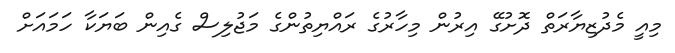
މިއީ މެެދުޒިޔާރަތް ދޮށުގޭ އިރުން މިހާރުގެ ރައްޔިތުންގެ މަޖުލިސް ގެއިން ބަޔަކާ ހަމައަށް